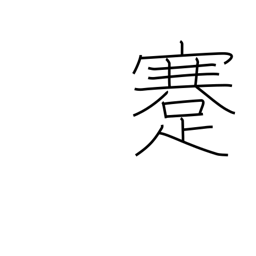
Meaning: cripple